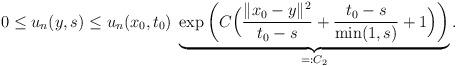
LaTeX: \begin{align*}0 \leq u_n(y,s) \leq u_n(x_0, t_0)\; \underbrace{ \exp \left ( C \Big(\frac{\|x_0-y\|^2}{t_0-s}+ \frac{t_0-s}{\min(1,s)} +1 \Big) \right)}_{=:C_2}.\end{align*}